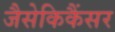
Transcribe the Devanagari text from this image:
जैसेकिकैंसर